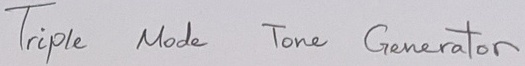
Text: Triple Mode Tone Generator